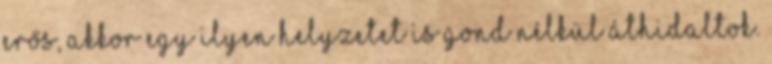
erős, akkor egy ilyen helyzetet is gond nélkül áthidaltok.